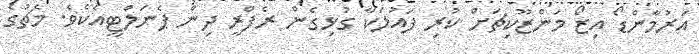
އަރުމާންޑޯ އިޒޯ މަންޒޫކިޗަށް ކުރި ފައުލަކާ ގުޅިގެން ރެފްރީ ދިން ޕެނަލްޓީއެކެވެ. މެޗުގެ